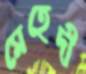
মেহেদী